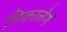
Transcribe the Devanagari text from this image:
निकालेगें